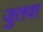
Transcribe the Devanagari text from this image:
जुतवा